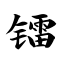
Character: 镭